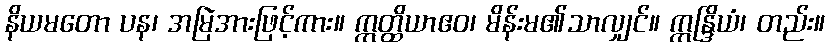
နိယမတော ပန၊ အမြဲအားဖြင့်ကား။ ဣတ္ထိယာဧဝ၊ မိန်းမ၏သာလျှင်။ ဣန္ဒြိယံ၊ တည်း။